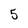
Character: 5